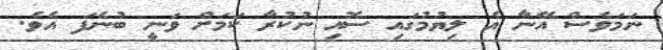
ނަމަވެސް އޭނާ އެ ލިޔުމުގައި ސޮއި ނުކުރާ ކަމަށް ވަނީ ބުނެފަ އެވެ.